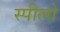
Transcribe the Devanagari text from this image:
स्पीलो